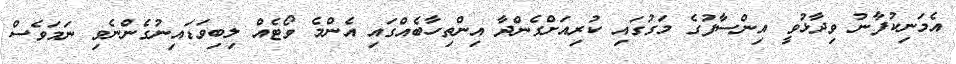
އެމަނިކުފާނު ވިދާޅުވީ އިންސާފުގެ މަގުގައި ކުރިއަށްގެންދާ އިންތިހާބެއްގައި އެންމެ ވޯޓެއް ލިބިވަޑައިނުގެންނެވި ނަމަވެސް